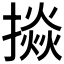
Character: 𢴵